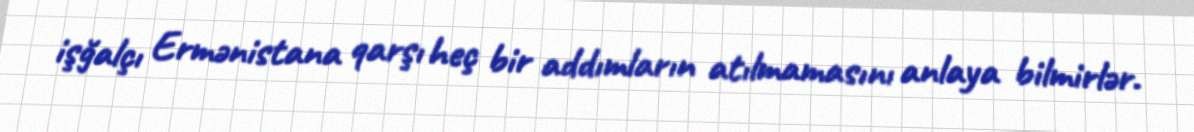
işğalçı Ermənistana qarşı heç bir addımların atılmamasını anlaya bilmirlər.